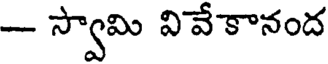
- స్వామి వివేకానంద